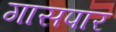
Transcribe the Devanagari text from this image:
गासपार